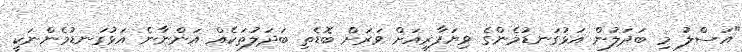
"އަސްލު މި ބަދަލުން އަޅުގަނޑުމެންގެ ވިޔަފާރިއަށް ވަރަށް ބޮޑެތި ބަދަލުތަކެއް އަންނާނެ އަޅުގަނޑުމެންނަކީ